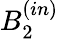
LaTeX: B_{2}^{(in)}